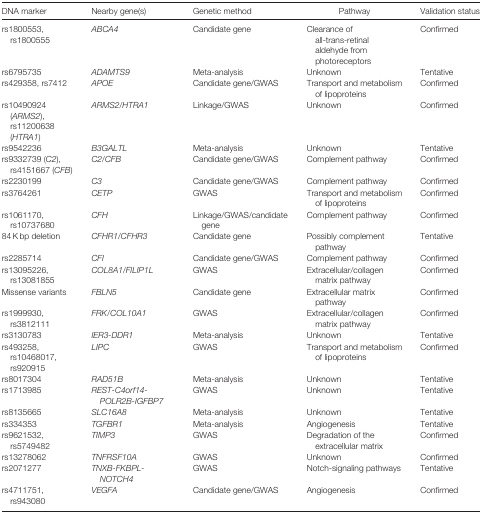
| DNA marker | Nearby gene(s) | Genetic method | Pathway | Validation status |
 | --- | --- | --- | --- | --- |
 | rs1800553, rs1800555 | ABCA4 | Candidate gene | Clearance of all-trans-retinal aldehyde from photoreceptors | Confirmed |
 | rs6795735 | ADAMTS9 | Meta-analysis | Unknown | Tentative |
 | rs429358, rs7412 | APOE | Candidate gene/GWAS | Transport and metabolism of lipoproteins | Confirmed |
 | rs10490924 (ARMS2), rs11200638 (HTRA1) | ARMS2/HTRA1 | Linkage/GWAS | Unknown | Confirmed |
 | rs9542236 | B3GALTL | Meta-analysis | Unknown | Tentative |
 | rs9332739 (C2), rs4151667 (CFB) | C2/CFB | Candidate gene/GWAS | Complement pathway | Confirmed |
 | rs2230199 | C3 | Candidate gene/GWAS | Complement pathway | Confirmed |
 | rs3764261 | CETP | GWAS | Transport and metabolism of lipoproteins | Confirmed |
 | rs1061170, rs10737680 | CFH | Linkage/GWAS/candidate gene | Complement pathway | Confirmed |
 | 84 K bp deletion | CFHR1/CFHR3 | Candidate gene | Possibly complement pathway | Tentative |
 | rs2285714 | CFI | Candidate gene/GWAS | Complement pathway | Confirmed |
 | rs13095226, rs13081855 | COL8A1/FILIP1L | GWAS | Extracellular/collagen matrix pathway | Confirmed |
 | Missense variants | FBLN5 | Candidate gene | Extracellular matrix pathway | Confirmed |
 | rs1999930, rs3812111 | FRK/COL10A1 | GWAS | Extracellular/collagen matrix pathway | Confirmed |
 | rs3130783 | IER3-DDR1 | Meta-analysis | Unknown | Tentative |
 | rs493258, rs10468017, rs920915 | LIPC | GWAS | Transport and metabolism of lipoproteins | Confirmed |
 | rs8017304 | RAD51B | Meta-analysis | Unknown | Tentative |
 | rs1713985 | REST-C4orf14-POLR2B-IGFBP7 | GWAS | Unknown | Tentative |
 | rs8135665 | SLC16A8 | Meta-analysis | Unknown | Tentative |
 | rs334353 | TGFBR1 | Meta-analysis | Angiogenesis | Tentative |
 | rs9621532, rs5749482 | TIMP3 | GWAS | Degradation of the extracellular matrix | Confirmed |
 | rs13278062 | TNFRSF10A | GWAS | Unknown | Confirmed |
 | rs2071277 | TNXB-FKBPL-NOTCH4 | GWAS | Notch-signaling pathways | Tentative |
 | rs4711751, rs943080 | VEGFA | Candidate gene/GWAS | Angiogenesis | Confirmed |